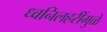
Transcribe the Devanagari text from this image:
ध्वनिलहरींमुळे